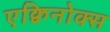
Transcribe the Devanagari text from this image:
एक्विनोक्स